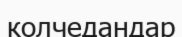
колчедандар